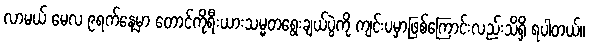
လာမယ် မေလ ၉ရက်နေ့မှာ တောင်ကိုရီးယားသမ္မတရွေးချယ်ပွဲကို ကျင်းပမှာဖြစ်ကြောင်းလည်းသိရှိ ရပါတယ်။